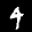
Label: 4